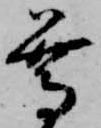
尊